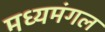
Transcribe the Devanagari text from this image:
मध्यमंगल